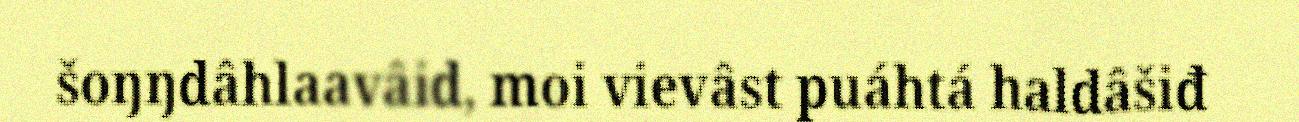
šoŋŋdâhlaavâid, moi vievâst puáhtá haldâšiđ